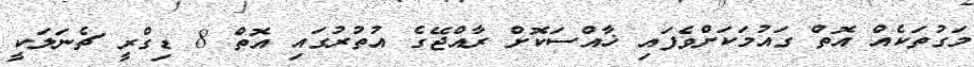
މަގުތަކެއް އޮތް ގައުމަކަށްވެފައި ޚާއްސަކޮށް ރާއްޖޭގެ އުތުރުގައި އޮތް 8 ޑިގްރީ ޗެނަލަކީ